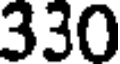
330